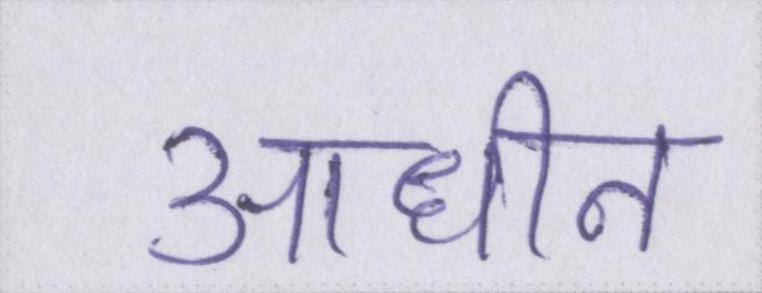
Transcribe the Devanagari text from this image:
आधीन